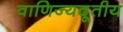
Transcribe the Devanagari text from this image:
वाणिज्यदूतीय